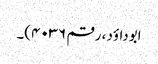
ابوداؤد ، رقم ۴۰۳۶)۔